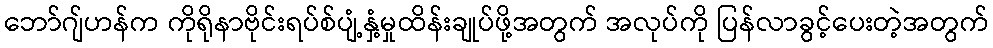
ဘော်ဂျ်ဟန်က ကိုရိုနာဗိုင်းရပ်စ်ပျံ့နှံ့မှုထိန်းချုပ်ဖို့အတွက် အလုပ်ကို ပြန်လာခွင့်ပေးတဲ့အတွက်